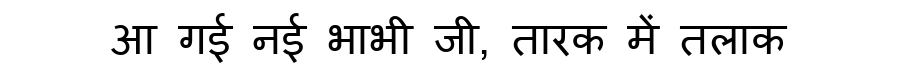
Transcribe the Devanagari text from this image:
आ गई नई भाभी जी, तारक में तलाक